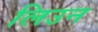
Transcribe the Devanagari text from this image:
लिउन